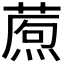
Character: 𤎗